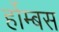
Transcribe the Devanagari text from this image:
र्होम्बस